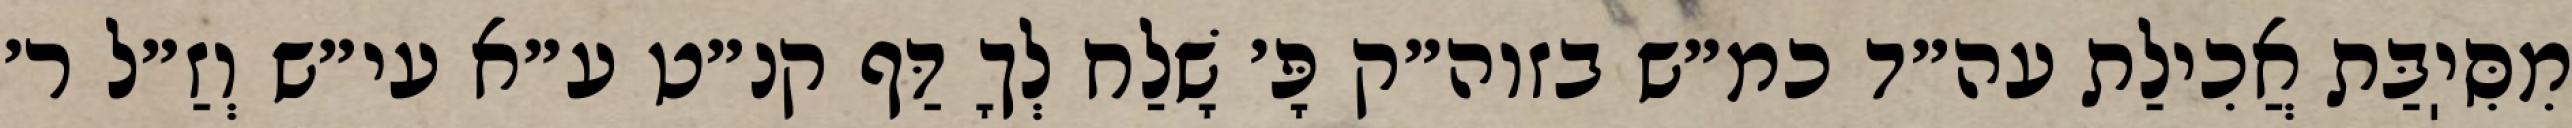
מִסִּיֽבַּת אֲכִילַת עה״ד כמ״ש בזוה״ק פָּ׳ שָׁלַח לְךָ דַּף קנ״ט ע״א עי״ש וְזַ״ל ר׳